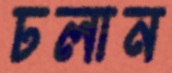
ঢলান